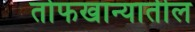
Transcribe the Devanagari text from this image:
तोफखान्यातील